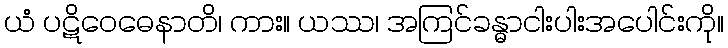
ယံ ပဋိဝေဓေနာတိ၊ ကား။ ယဿ၊ အကြင်ခန္ဓာငါးပါးအပေါင်းကို။